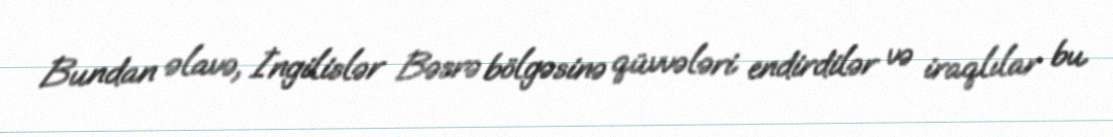
Bundan əlavə, İngilislər Bəsrə bölgəsinə qüvvələri endirdilər və iraqlılar bu